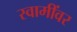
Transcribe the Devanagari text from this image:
स्वामींवर